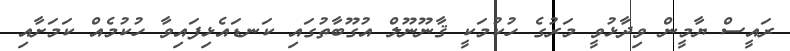
ރައީސް ޔާމީން ވިދާޅުވީ މަރުގެ ހުކުމަކީ ޤާނޫނޫލް އުގޫބާތުގައި ކަނޑައެޅިފައިވާ ހުކުމެއް ކަމަށާއި